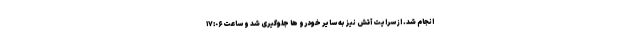
انجام شد. از سرایت آتش نیز به سایر خودرو ها جلوگیری شد و ساعت ١٧:٠۶